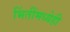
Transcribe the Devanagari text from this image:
भिंतींमध्येही